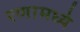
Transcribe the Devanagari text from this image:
रणामध्ये